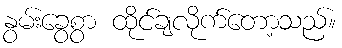
နွမ်းခွေစွာ ထိုင်ချလိုက်တော့သည်။